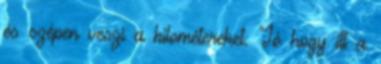
és szépen veszi a kilométereket. Jó hogy itt a